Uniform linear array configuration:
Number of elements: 32
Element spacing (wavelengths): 1
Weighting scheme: kaiser
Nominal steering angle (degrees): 0
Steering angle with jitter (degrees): -1.025
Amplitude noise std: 0.05
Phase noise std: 0.05

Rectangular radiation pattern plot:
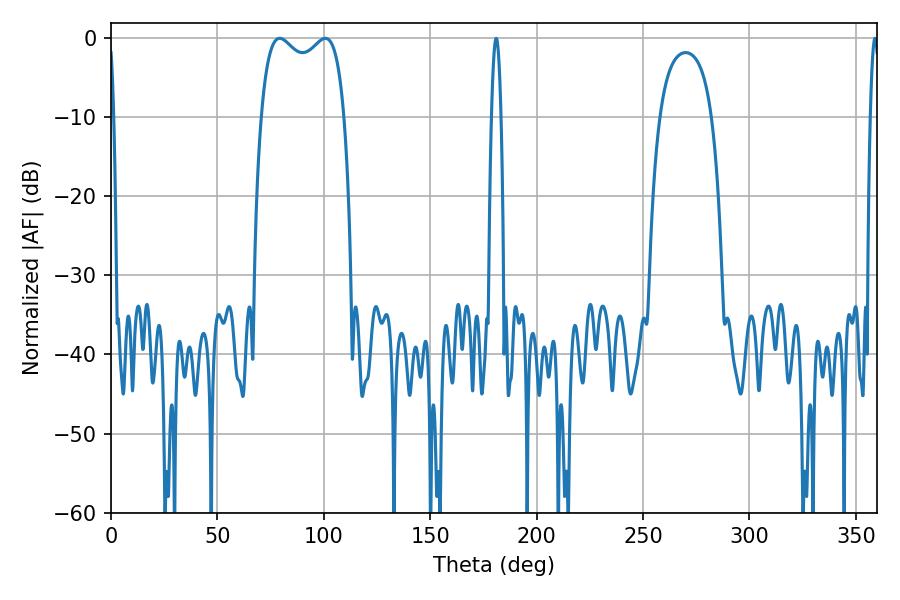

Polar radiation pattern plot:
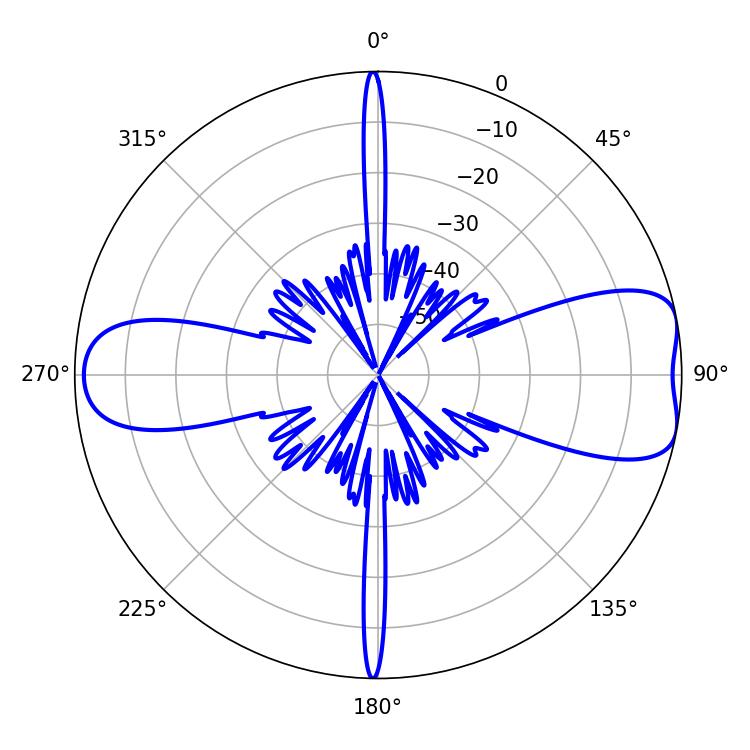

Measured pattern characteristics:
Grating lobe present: TRUE
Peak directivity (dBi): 8.288
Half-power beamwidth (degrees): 32.4
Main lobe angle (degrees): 79.2